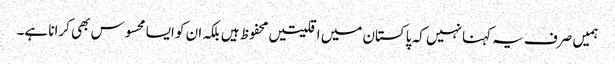
ہمیں صرف یہ کہنا نہیں کہ پاکستان میں اقلیتیں محفوظ ہیں بلکہ ان کو ایسا محسوس بھی کرانا ہے۔